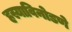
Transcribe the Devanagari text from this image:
हस्याविनोडणे